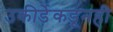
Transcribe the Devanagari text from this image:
उकीर्डेकडूनही